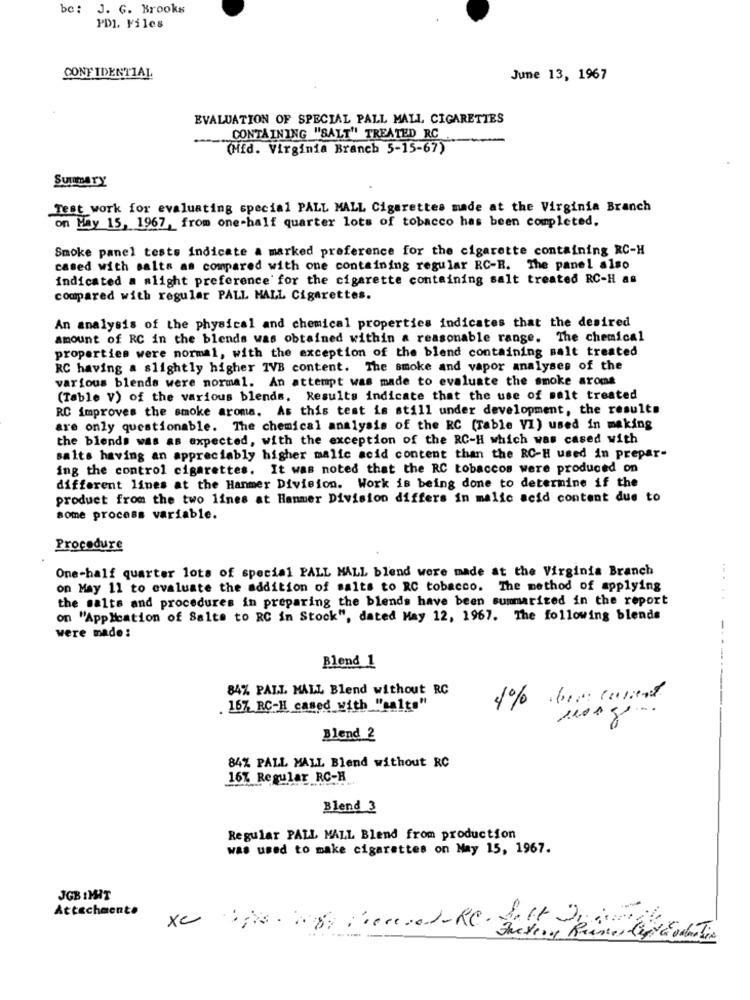
bc: J. G. Brooks
PDL. Files
CONFIDENTIAL
June 13, 1967
EVALUATION OF SPECIAL PALL MALL CIGARETTES
CONTAINING "SALT" TREATED RC
(Mfd. Virginia Branch 5-15-67)
Summary
Test work for evaluating special PALL MALL Cigarettes made at the Virginia Branch
on Hay 15, 1967, from one-half quarter lots of tobacco has been completed.
Smoke panel tests indicate a marked preference for the cigarette containing RC-H
cased with salts as compared with one containing regular RC-R. The panel also
indicated a slight preference for the cigarette containing salt treated RC-H as
compared with regular PALL HALL Cigarettes.
An analysis of the physical and chemical properties indicates that the desired
amount of RC in the blends was obtained within a reasonable range. The chemical
properties were normal, with the exception of the blend containing salt treated
RC having a slightly higher TVB content. The smoke and vapor analyses of the
various blends were normal. An attempt was made to evaluate the smoke aroma
(Table V) of the various blends. Results indicate that the use of malt treated
RC improves the smoke aroma. As this test is still under development, the results
are only questionable. The chemical analysis of the RC [Table VI) used in making
the blends was as expected, with the exception of the RC-H which was cased with
salte having an appreciably higher malic acid content than the RC-H used in prepar-
ing the control cigarettes. It was noted that the RC tobaccos were produced on
different lines at the Hanmer Division. Work is being done to determine if the
product from the two lines at Hanmer Division differs in malic acid content due to
some process variable.
Procedure
One-half quarter lots of special PALL MALL blend were made at the Virginia Branch
on May 11 to evaluate the addition of salts to RC tobacco. The method of applying
the salts and procedures in preparing the blends have been summarized in the report
on "Application of Salte to RC in Stock", dated May 12, 1967. The following blende
-
were made:
Blend 1
84% PALL MALL Blend without RC
4% berg current
. 167 RC-H cased with "aalts"
100g ...
Blend 2
84% PALL MALL Blend without RC
167 Regular RC-H
Blend 3
Regular PALL MALL Blend from production
was used to make cigarettes on May 15, 1967.
JCB IMIT
Attachmente
xc
08 ....- Re. 34, Ri GELT